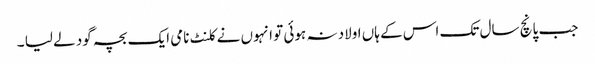
جب پانچ سال تک اس کے ہاں اولاد نہ ہوئی تو انہوں نے کلنٹ نامی ایک بچہ گود لے لیا ۔